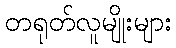
တရုတ်လူမျိုးများ